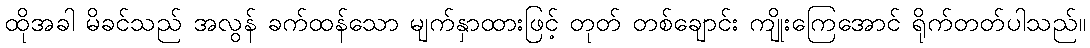
ထိုအခါ မိခင်သည် အလွန် ခက်ထန်သော မျက်နှာထားဖြင့် တုတ် တစ်ချောင်း ကျိုးကြေအောင် ရိုက်တတ်ပါသည်။